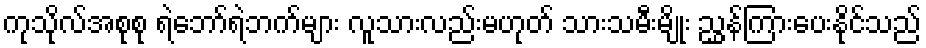
ကုသိုလ်အစုစု ရဲဘော်ရဲဘက်များ လူသားလည်းမဟုတ် သားသမီးမျိုး ညွှန်ကြားပေးနိုင်သည်